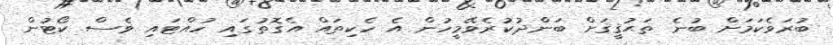
ބުރަވެކަމަށް ބުނެ ތަޙުޤީޤަށް ބަންދުކުރެވޭމީހުން އެ ހެކިތައް އެގޮތުގައި ހުއްޓައި ވެސް ކޯޓުން